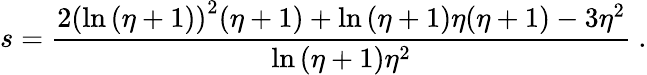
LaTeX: s=\frac{2\left(\ln\left(\eta+1\right)\right)^{2}(\eta+1)+\ln\left(\eta+1\right)\eta(\eta+1)-3\eta^{2}}{\ln\left(\eta+1\right)\eta^{2}}\ .